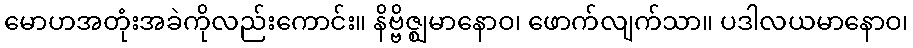
မောဟအတုံးအခဲကိုလည်းကောင်း။ နိဗ္ဗိဇ္ဈမာနောဝ၊ ဖောက်လျက်သာ။ ပဒါလယမာနောဝ၊